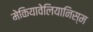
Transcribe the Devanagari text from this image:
मेकियावेलियानिस्म